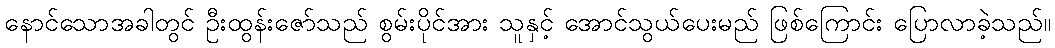
နောင်သောအခါတွင် ဦးထွန်းဇော်သည် စွမ်းပိုင်အား သူနှင့် အောင်သွယ်ပေးမည် ဖြစ်ကြောင်း ပြောလာခဲ့သည်။